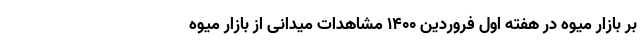
بر بازار میوه در هفته اول فروردین ۱۴۰۰ مشاهدات میدانی از بازار میوه